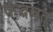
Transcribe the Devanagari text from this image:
कंदवत्‌